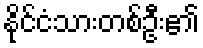
နိုင်ငံသားတစ်ဦး၏